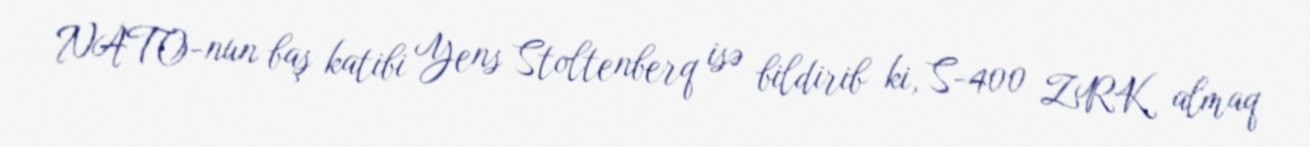
NATO-nun baş katibi Yens Stoltenberq isə bildirib ki, S-400 ZRK almaq